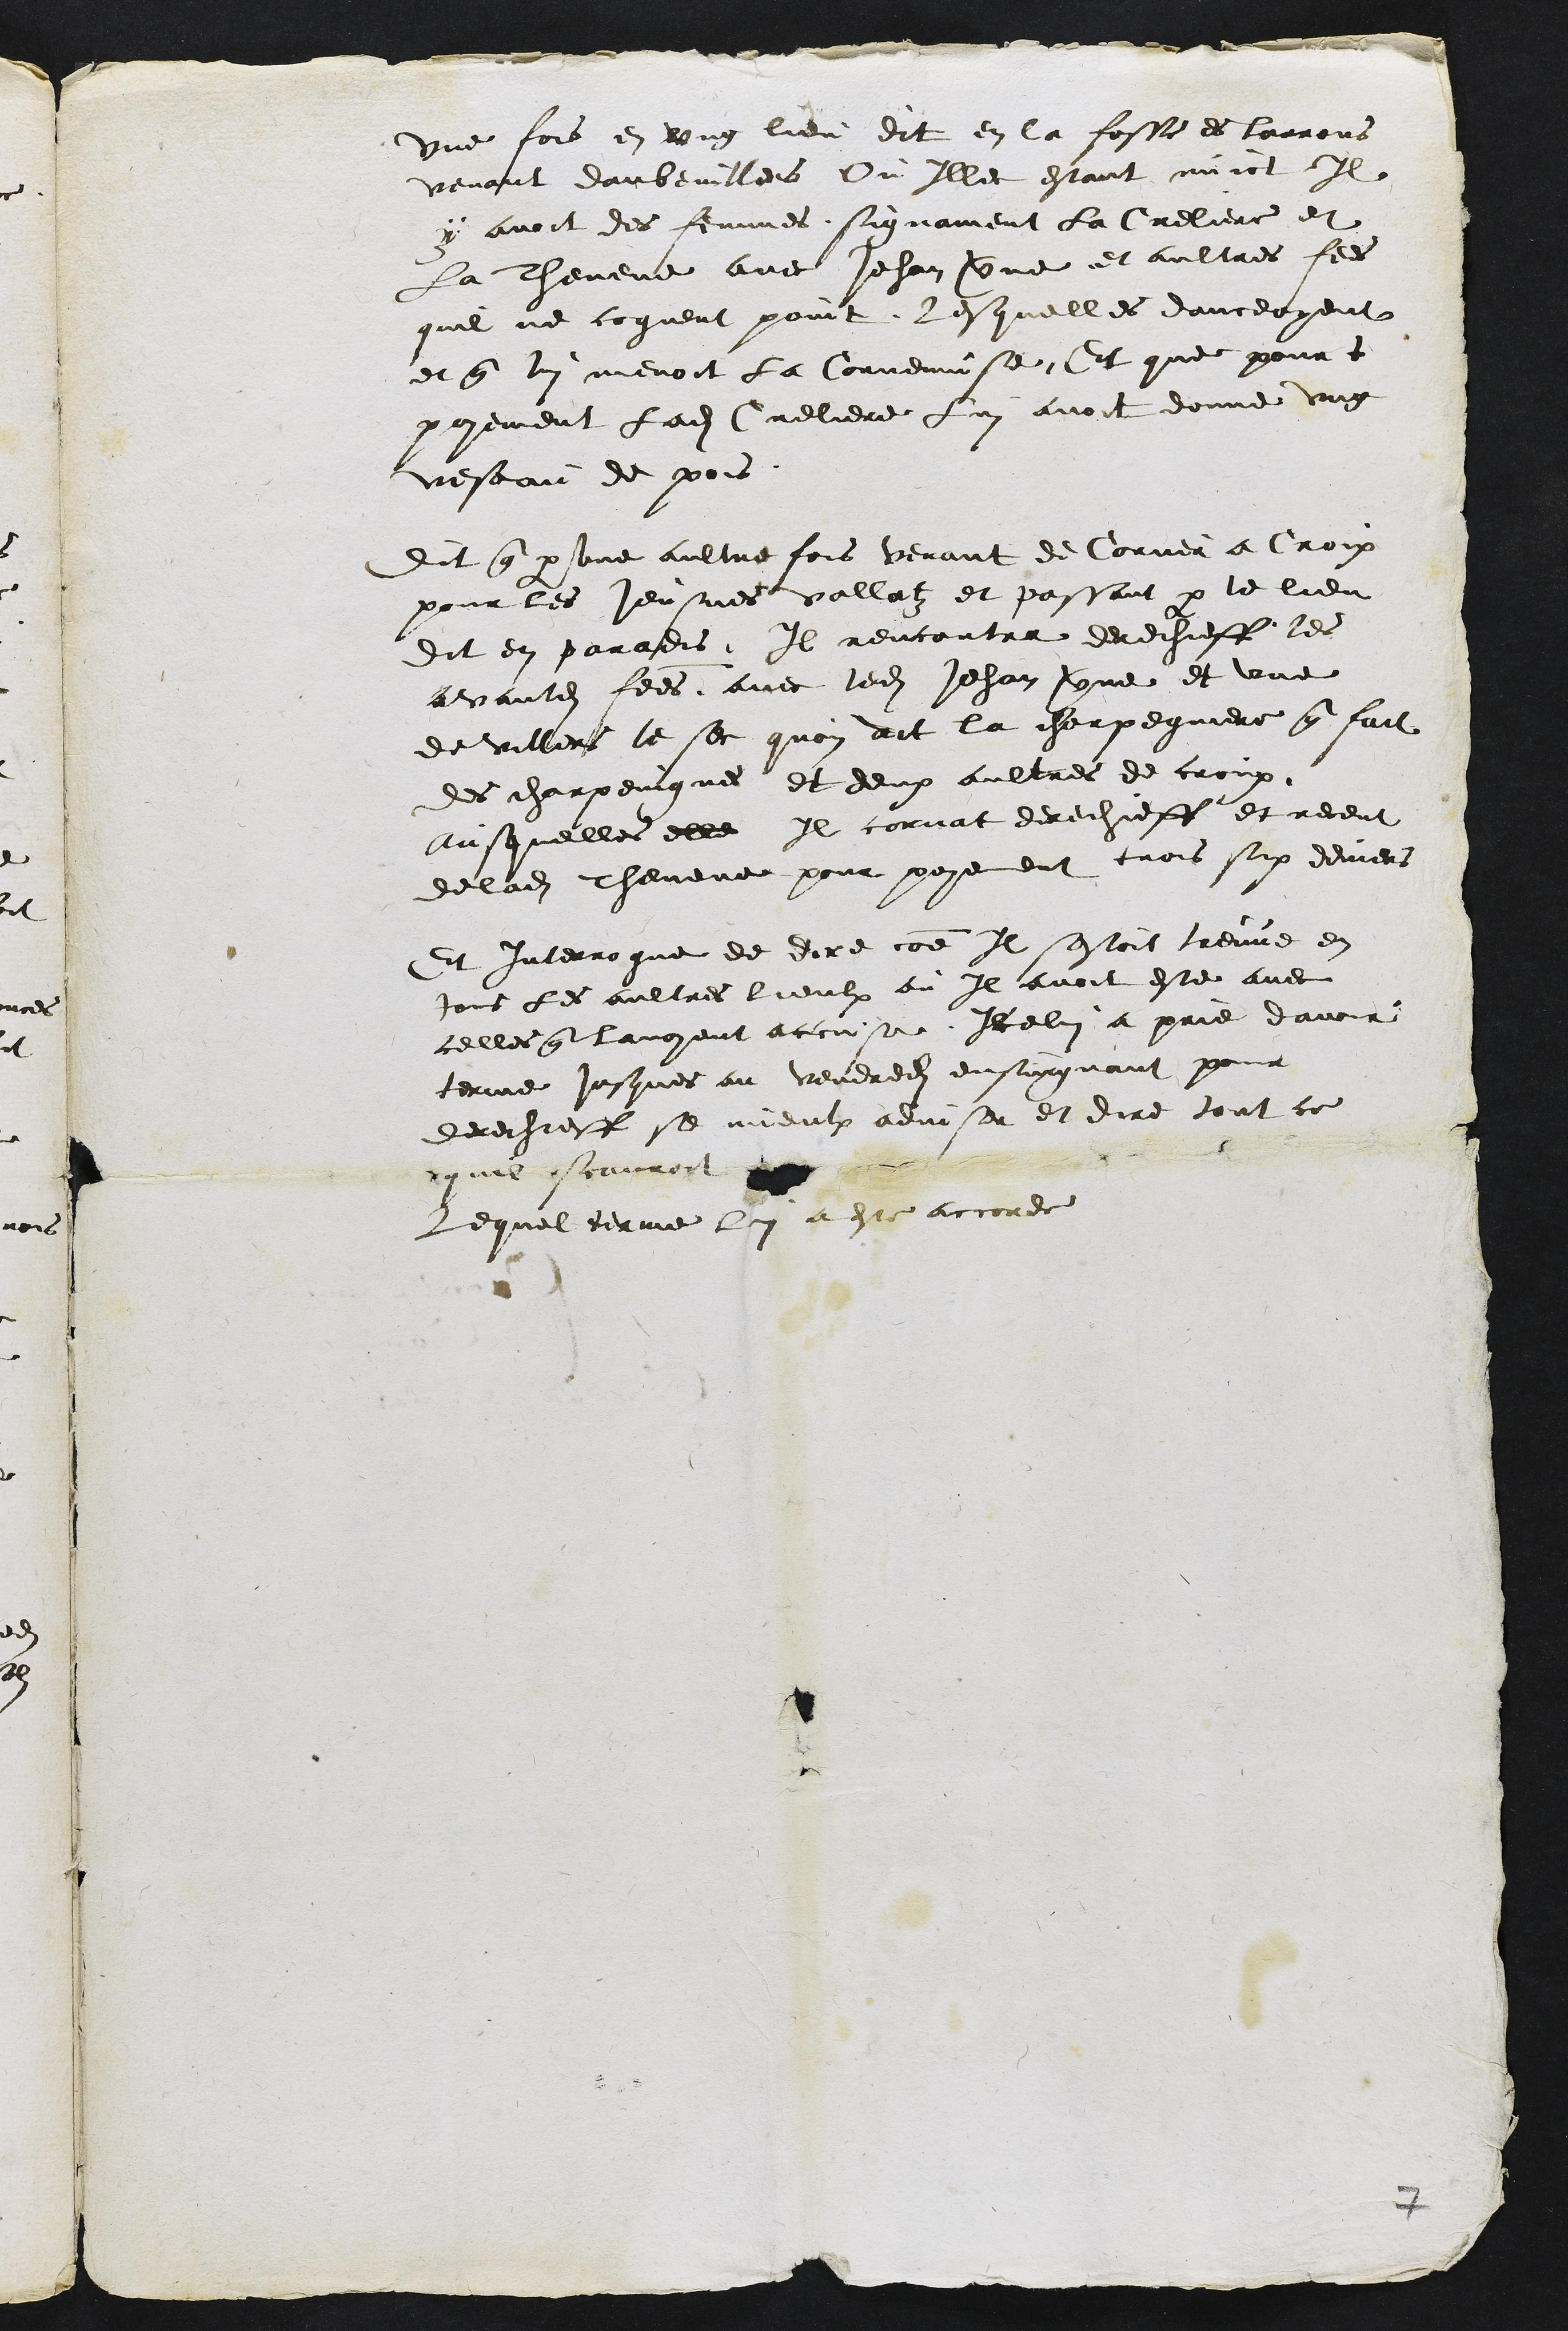
une fois en ung lieu dit en la fosse es lairons
venant daubeuilles Ou Illec estant nuict Il
y avoit des femmes signament la Creliere et
La chevene avec Jehan vrne et aultres fees
quil ne cogneut point lesquelles danceoyent
et que lui menoit la Cornemise Et que pourt
payement ladite Creliere lui avoit donne ung
veseau de pois
Dit que par une aultre fois venant de Corner a Croix
pour les Jeusnes vallatz et passant par le lieu
Dit en paradis Il rencontra derechieff les
avantdites fees avec ledit Jehan Cne et une
de Villers le sec quon dit la charpegniere que fait
des charpeingnes et deux aultres de croux
ausquelles elle Il cornat derechieff et receut
de ladite chevene pour payement trois six deniers
Et interrogue de dire comme Il sestoit treuve en
Jous les aultres lieulx ou Il avoit este avec
celles que lavoyent accuse Icelui a prie davoir
terme jusques au vendree ensuiguant pour
derechieff se mieulx adviser et dire tout ce
quil scauroit
Lequel terme lui a este accorde

7